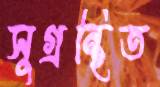
সুগ্রন্থিত